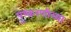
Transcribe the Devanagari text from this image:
पुष्करणीच्या